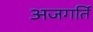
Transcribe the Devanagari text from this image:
अजगर्ति